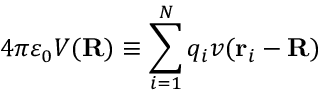
4 \pi \varepsilon _ { 0 } V ( \mathbf { R } ) \equiv \sum _ { i = 1 } ^ { N } q _ { i } v ( \mathbf { r } _ { i } - \mathbf { R } )